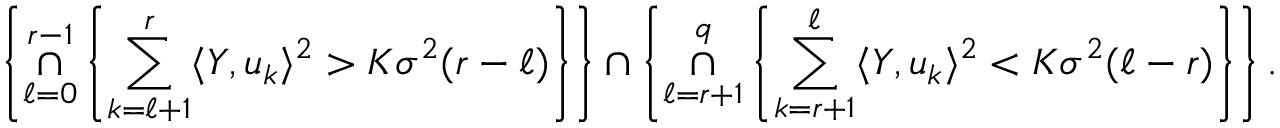
\left\{ \underset { \ell = 0 } { \overset { r - 1 } { \cap } } \left\{ \underset { k = \ell + 1 } { \overset { r } { \sum } } \langle Y , u _ { k } \rangle ^ { 2 } > K \sigma ^ { 2 } ( r - \ell ) \right\} \right\} \cap \left\{ \underset { \ell = r + 1 } { \overset { q } { \cap } } \left\{ \underset { k = r + 1 } { \overset { \ell } { \sum } } \langle Y , u _ { k } \rangle ^ { 2 } < K \sigma ^ { 2 } ( \ell - r ) \right\} \right\} .